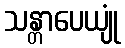
သန္တာပေယျုံ